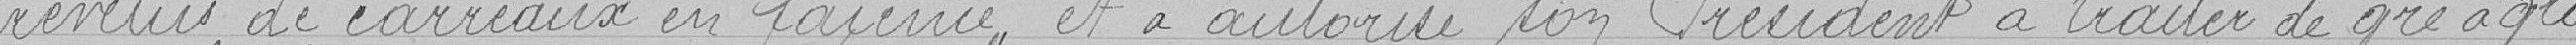
revêtus de carreaux en faïence, et a autorisé son Président à traiter de gré à gré